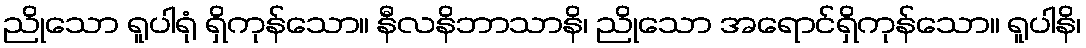
ညိုသော ရူပါရုံ ရှိကုန်သော။ နီလနိဘာသာနိ၊ ညိုသော အရောင်ရှိကုန်သော။ ရူပါနိ၊